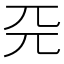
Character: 𠀘